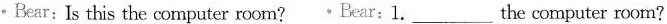
•Bear: Is this the computer room? •Bear: 1. ___ The computer room?